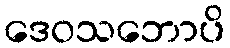
ဒေဝသဘောပိ